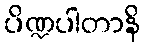
ပိဏ္ဍပါတာနိ